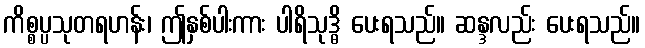
ကိစ္စပ္ပသုတရဟန်း၊ ဤနှစ်ပါးကား ပါရိသုဒ္ဓိ ပေးရသည်။ ဆန္ဒလည်း ပေးရသည်။